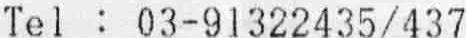
TEL : 03-91322435/437